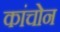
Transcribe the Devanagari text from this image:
कांचोन